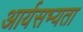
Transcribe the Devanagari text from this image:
आर्यसभ्यता